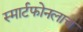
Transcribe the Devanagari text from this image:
स्मार्टफोनलाच